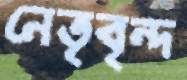
নেতৃবৃন্দ